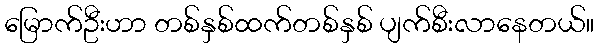
မြောက်ဦးဟာ တစ်နှစ်ထက်တစ်နှစ် ပျက်စီးလာနေတယ်။